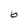
Character: 6